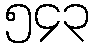
၅၄၃